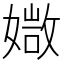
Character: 𡠾